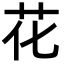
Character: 花